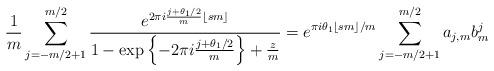
LaTeX: \begin{align*} \frac{1}{m} \sum_{ j = -m/2+1}^{m/2} \frac{ e^{ 2 \pi i \frac{ j + \theta_1/2}{m} \lfloor sm \rfloor } }{1 - \exp \left\{ - 2 \pi i \frac{ j + \theta_1/2}{m} \right\} + \frac{z}{m} } = e^{ \pi i \theta_1 \lfloor sm \rfloor/m } \sum_{ j = - m/2 +1 }^{m/2} a_{j,m} b_m^j\end{align*}